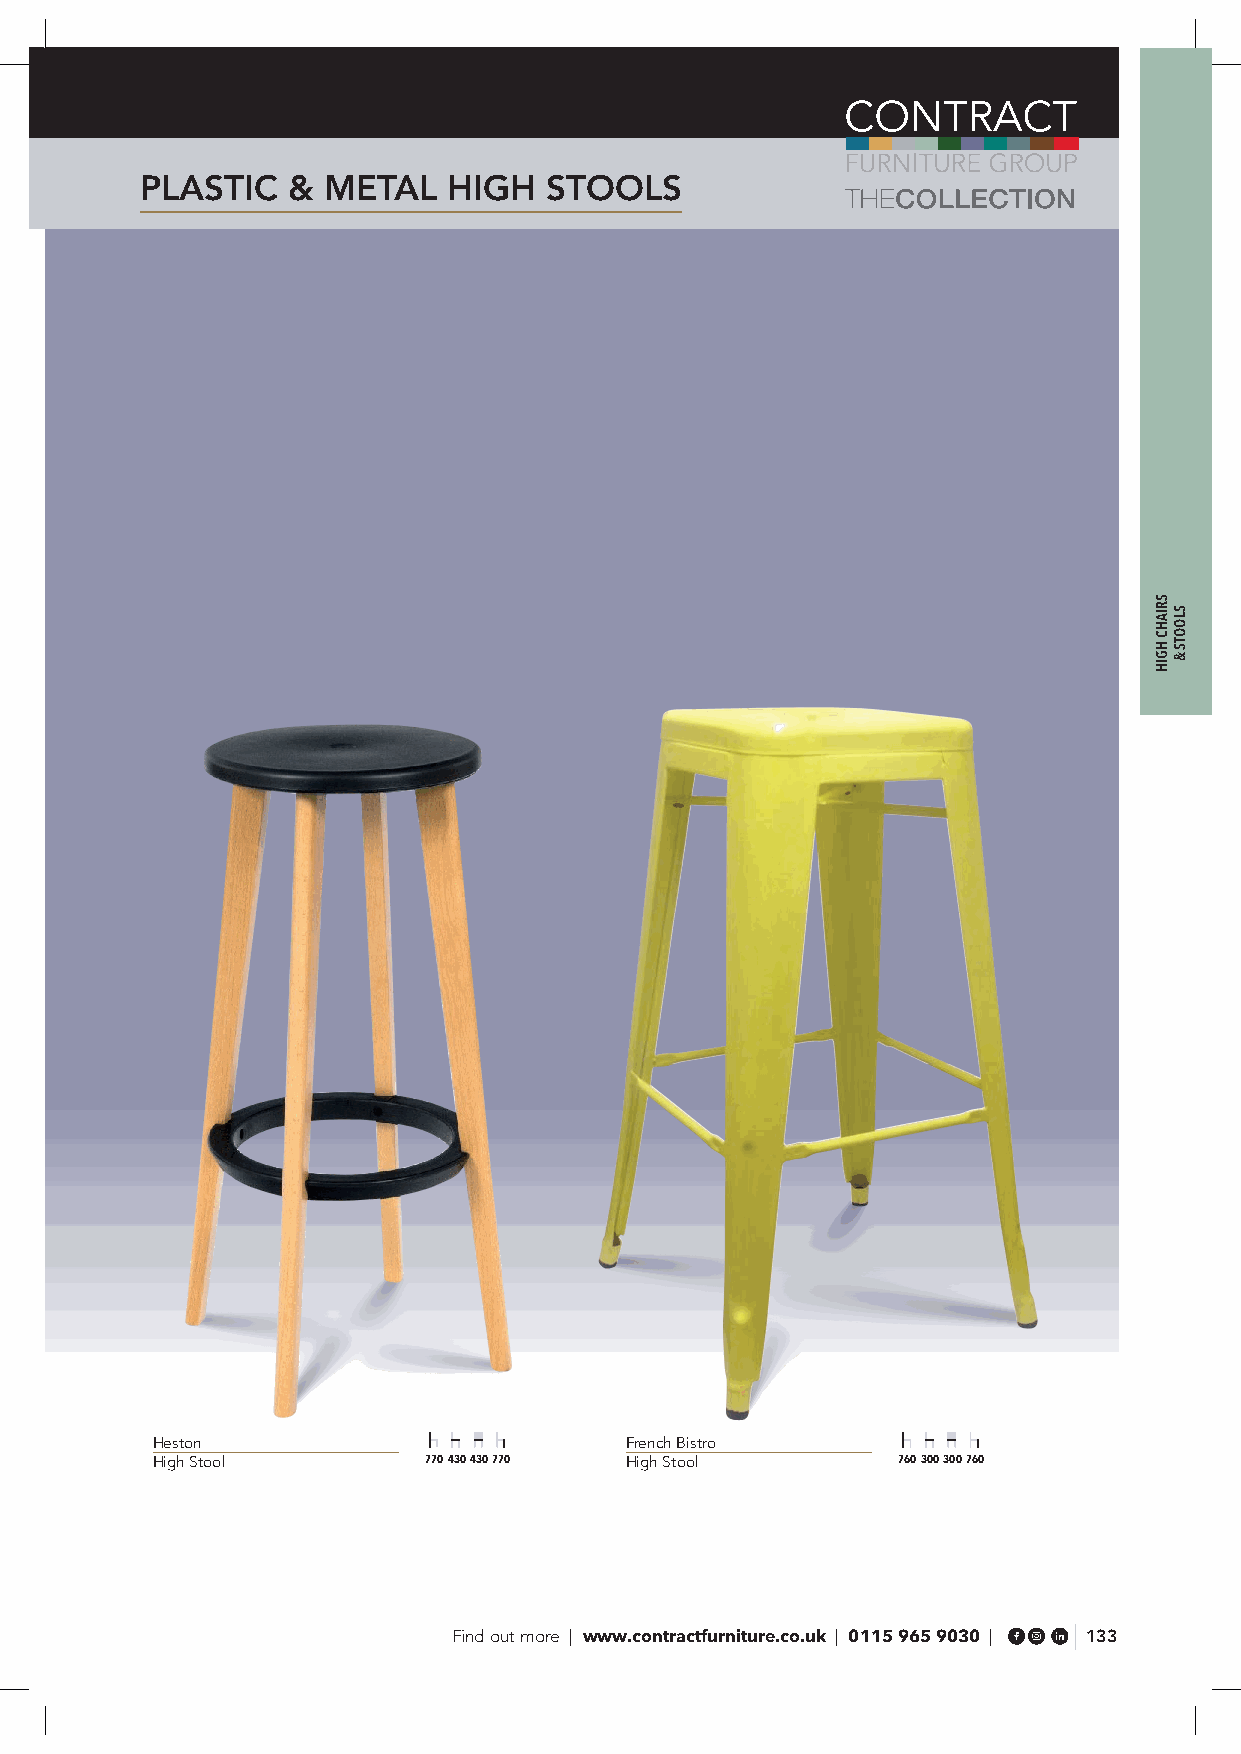
PLASTIC   & METAL    HIGH  STOOLS
 Heston                         French Bistro
 High Stool        770 430 430 770 High Stool     760 300 300 760
 Find out more | www.contractfurniture.co.uk | 0115 965 9030 | 133
 SRIAHC
 HGIH
 SLOOTS
 &